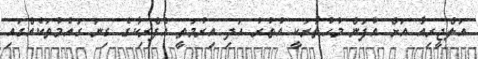
އަލްޖީރިއާ އަށް އުފަން މުހުތާރަކީ އުތުރު އަދި އިރުމަތީ އެފްރިކާގެ ގިނަ ގައުމުތަކެއްގައި